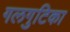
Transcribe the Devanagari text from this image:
गलगुटिका